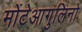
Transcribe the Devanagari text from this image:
मोंटेआगुलिनो